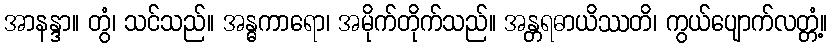
အာနန္ဒာ။ တွံ၊ သင်သည်။ အန္ဓကာရော၊ အမိုက်တိုက်သည်။ အန္တရဓာယိဿတိ၊ ကွယ်ပျောက်လတ္တံ့။